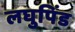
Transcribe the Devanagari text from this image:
लघुपिंड